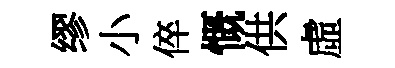
缪小倅慨供虛